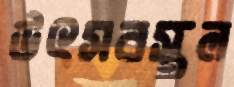
উৎসবস্থল